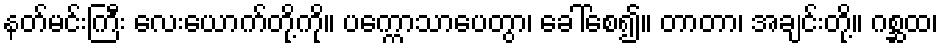
နတ်မင်းကြီး လေးယောက်တို့ကို။ ပက္ကောသာပေတွာ၊ ခေါ်စေ၍။ တာတာ၊ အချင်းတို့။ ဂစ္ဆထ၊